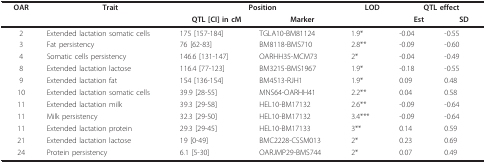
| OAR | Trait | <COLSPAN=2> Position | LOD | <COLSPAN=2> QTL effect |
 |  |  | QTL [CI] in cM | Marker |  | Est | SD |
 | --- | --- | --- | --- | --- | --- | --- |
 | 2 | Extended lactation somatic cells | 175 [157-184] | TGLA10-BM81124 | 1.9* | -0.04 | -0.55 |
 | 3 | Fat persistency | 76 [62-83] | BM8118-BMS710 | 2.8** | -0.09 | -0.60 |
 | 4 | Somatic cells persistency | 146.6 [131-147] | OARHH35-MCM73 | 2* | -0.04 | -0.49 |
 | 8 | Extended lactation lactose | 116.4 [77-123] | BM3215-BMS1967 | 1.9* | -0.18 | -0.55 |
 | 9 | Extended lactation fat | 154 [136-154] | BM4513-RJH1 | 1.9* | 0.09 | 0.48 |
 | 10 | Extended lactation somatic cells | 39.9 [28-55] | MNS64-OARHH41 | 2.2** | 0.04 | 0.58 |
 | 11 | Extended lactation milk | 39.3 [29-58] | HEL10-BM17132 | 2.6** | -0.09 | -0.64 |
 | 11 | Milk persistency | 32.3 [29-50] | HEL10-BM17132 | 3.4*** | -0.09 | -0.64 |
 | 11 | Extended lactation protein | 29.3 [29-45] | HEL10-BM17133 | 3** | 0.14 | 0.59 |
 | 21 | Extended lactation lactose | 19 [0-49] | BMC2228-CSSM013 | 2* | 0.23 | 0.69 |
 | 24 | Protein persistency | 6.1 [5-30] | OARJMP29-BMS744 | 2* | 0.07 | 0.49 |